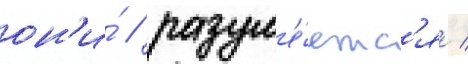
он'и́ / разум'е́етс'я /